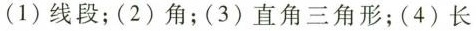
(1)线段；(2)角；(3)直角三角形；(4)长